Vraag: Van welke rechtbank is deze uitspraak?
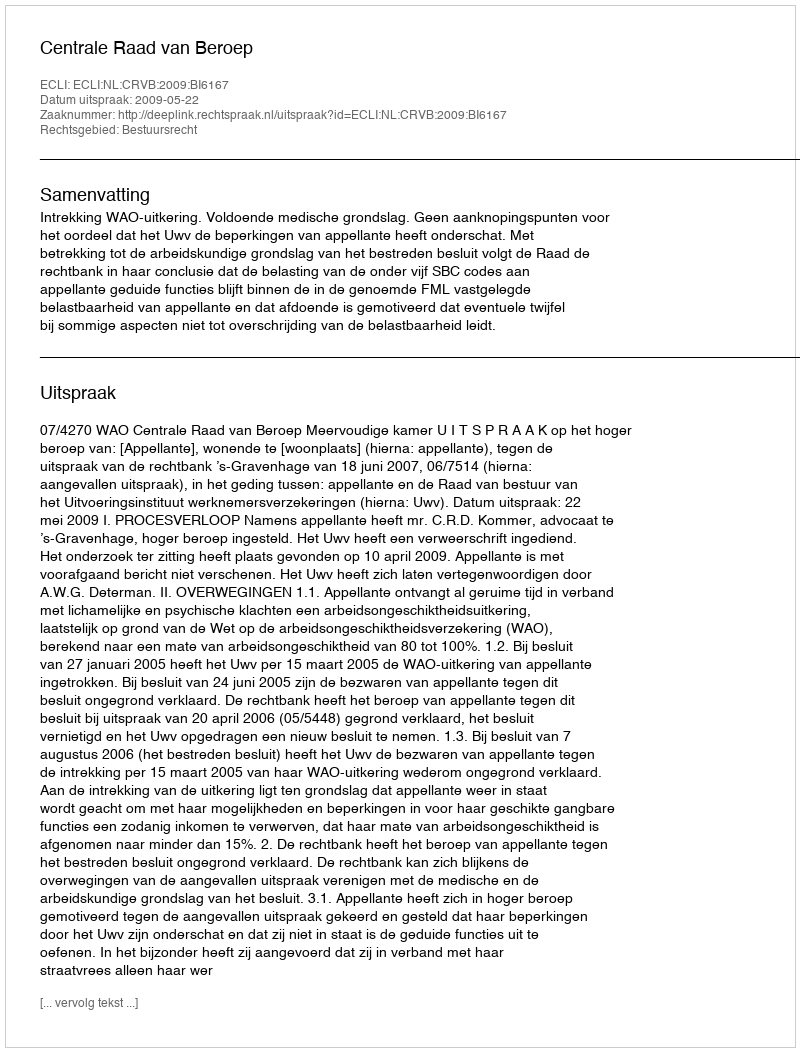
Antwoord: Centrale Raad van Beroep